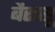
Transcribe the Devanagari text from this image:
बैरासू